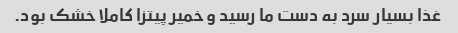
غذا بسیار سرد به دست ما رسید و خمیر پیتزا کاملا خشک بود.